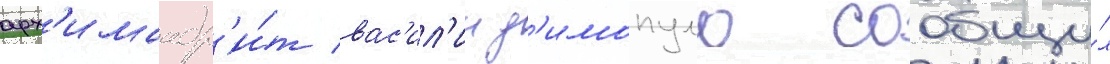
арх'имандр'и́т вас'ил'ии д'имопуло сообщи́л